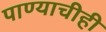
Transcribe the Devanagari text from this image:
पाण्याचीही